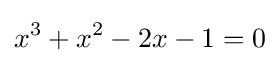
x^{3}+x^{2}-2x-1=0